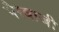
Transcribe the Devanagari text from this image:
पैरबाजी